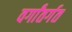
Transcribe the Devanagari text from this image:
वर्गांतर्गत